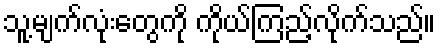
သူ့မျက်လုံးတွေကို ကိုယ်ကြည့်လိုက်သည်။